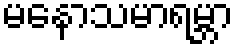
မနောသမာရမ္ဘာ